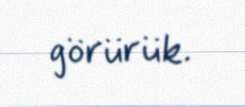
görürük.